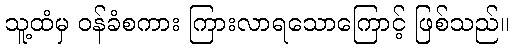
သူ့ထံမှ ဝန်ခံစကား ကြားလာရသောကြောင့် ဖြစ်သည်။